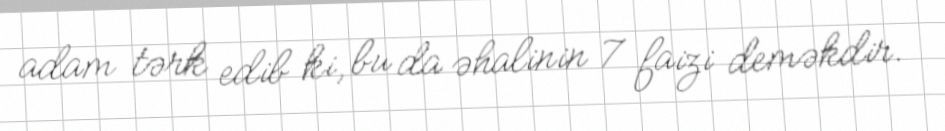
adam tərk edib ki, bu da əhalinin 7 faizi deməkdir.